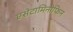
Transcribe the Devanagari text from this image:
एसेटामिनोफिन